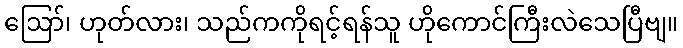
ဪ၊ ဟုတ်လား၊ သည်ကကိုရင့်ရန်သူ ဟိုကောင်ကြီးလဲသေပြီဗျ။